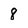
Character: 8